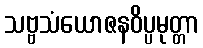
သဗ္ဗသံယောဇနဝိပ္ပမုတ္တာ